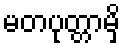
မတပုတ္တာမှိ